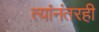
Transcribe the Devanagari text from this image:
त्यांनंतरही